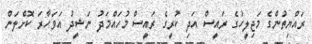
ރައްޔިތުންގެ މަޖިލީހުގެ ރައީސް އަދި ކުރީގެ ރައީސް މުހައްމަދު ނަޝީދު އަވަހާރަ ކޮށްލަން